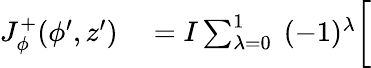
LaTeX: \begin{array}{rl}{J_{\phi}^{+}(\phi^{\prime},z^{\prime})}&{{}=I\sum_{\lambda=0}^{1}\ (-1)^{\lambda}\bigg[}\end{array}